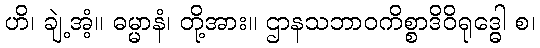
ဟိ၊ ချဲ့အံ့။ ဓမ္မာနံ၊ တို့အား။ ဌာနသဘာဝကိစ္စာဒိဝိရုဒ္ဓေါ စ၊